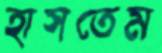
হাসতেম